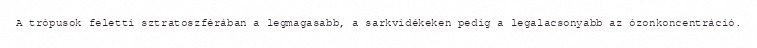
A trópusok feletti sztratoszférában a legmagasabb, a sarkvidékeken pedig a legalacsonyabb az ózonkoncentráció.